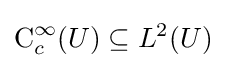
\operatorname {C} _{c}^{\infty }(U)\subseteq L^{2}(U)